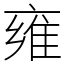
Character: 雍